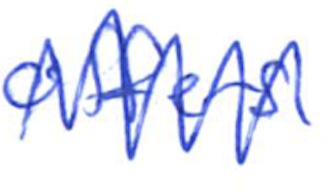
Text: offers
Cross-out: zig-zag
Writing tool: ballpoint